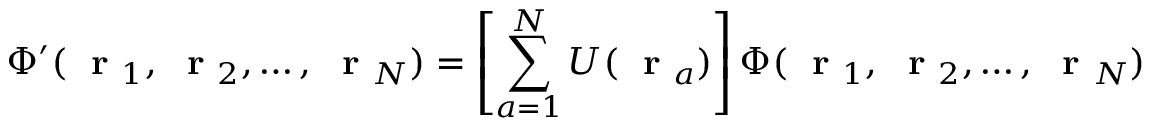
\Phi ^ { \prime } ( \mathrm { ~ \bf ~ r ~ } _ { 1 } , \mathrm { ~ \bf ~ r ~ } _ { 2 } , \dots , \mathrm { ~ \bf ~ r ~ } _ { N } ) = \left[ \sum _ { a = 1 } ^ { N } U ( \mathrm { ~ \bf ~ r ~ } _ { a } ) \right] \Phi ( \mathrm { ~ \bf ~ r ~ } _ { 1 } , \mathrm { ~ \bf ~ r ~ } _ { 2 } , \dots , \mathrm { ~ \bf ~ r ~ } _ { N } )